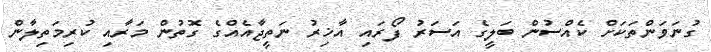
ގުނަވަންތަކަށް ކެއްސުން ބަލީގެ އަސަރު ފޯރައި އާޚިރު ނަތީޖާއެއްގެ ގޮތުން މަރާއި ކުރިމަތިލާން